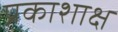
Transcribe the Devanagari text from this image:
प्रकाशाक्ष